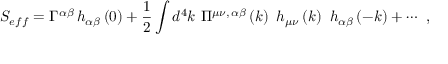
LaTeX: S _ { e f f } = \Gamma ^ { \alpha \beta } \, h _ { \alpha \beta } \left( 0 \right) + \frac 1 2 \int d ^ { 4 } k \ \Pi ^ { \mu \nu , \, \alpha \beta } \left( k \right) \ h _ { \mu \nu } \left( k \right) \ h _ { \alpha \beta } \left( - k \right) + \cdots \ ,